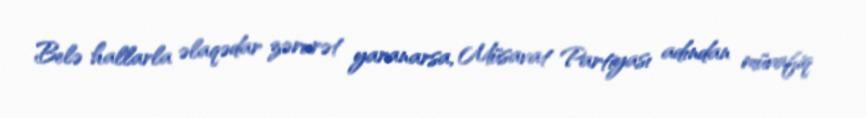
Belə hallarla əlaqədar zərurət yaranarsa, Müsavat Partiyası adından müvafiq